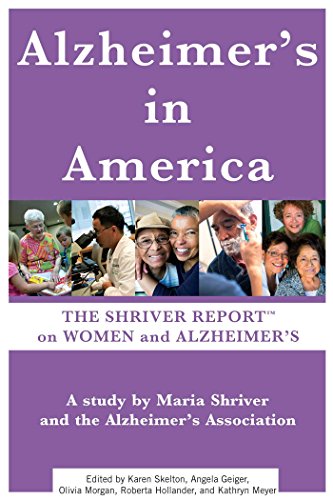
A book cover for Alzheimer's In America: The Shriver Report on Women and Alzheimer's; Maria Shriver; Health, Fitness & Dieting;